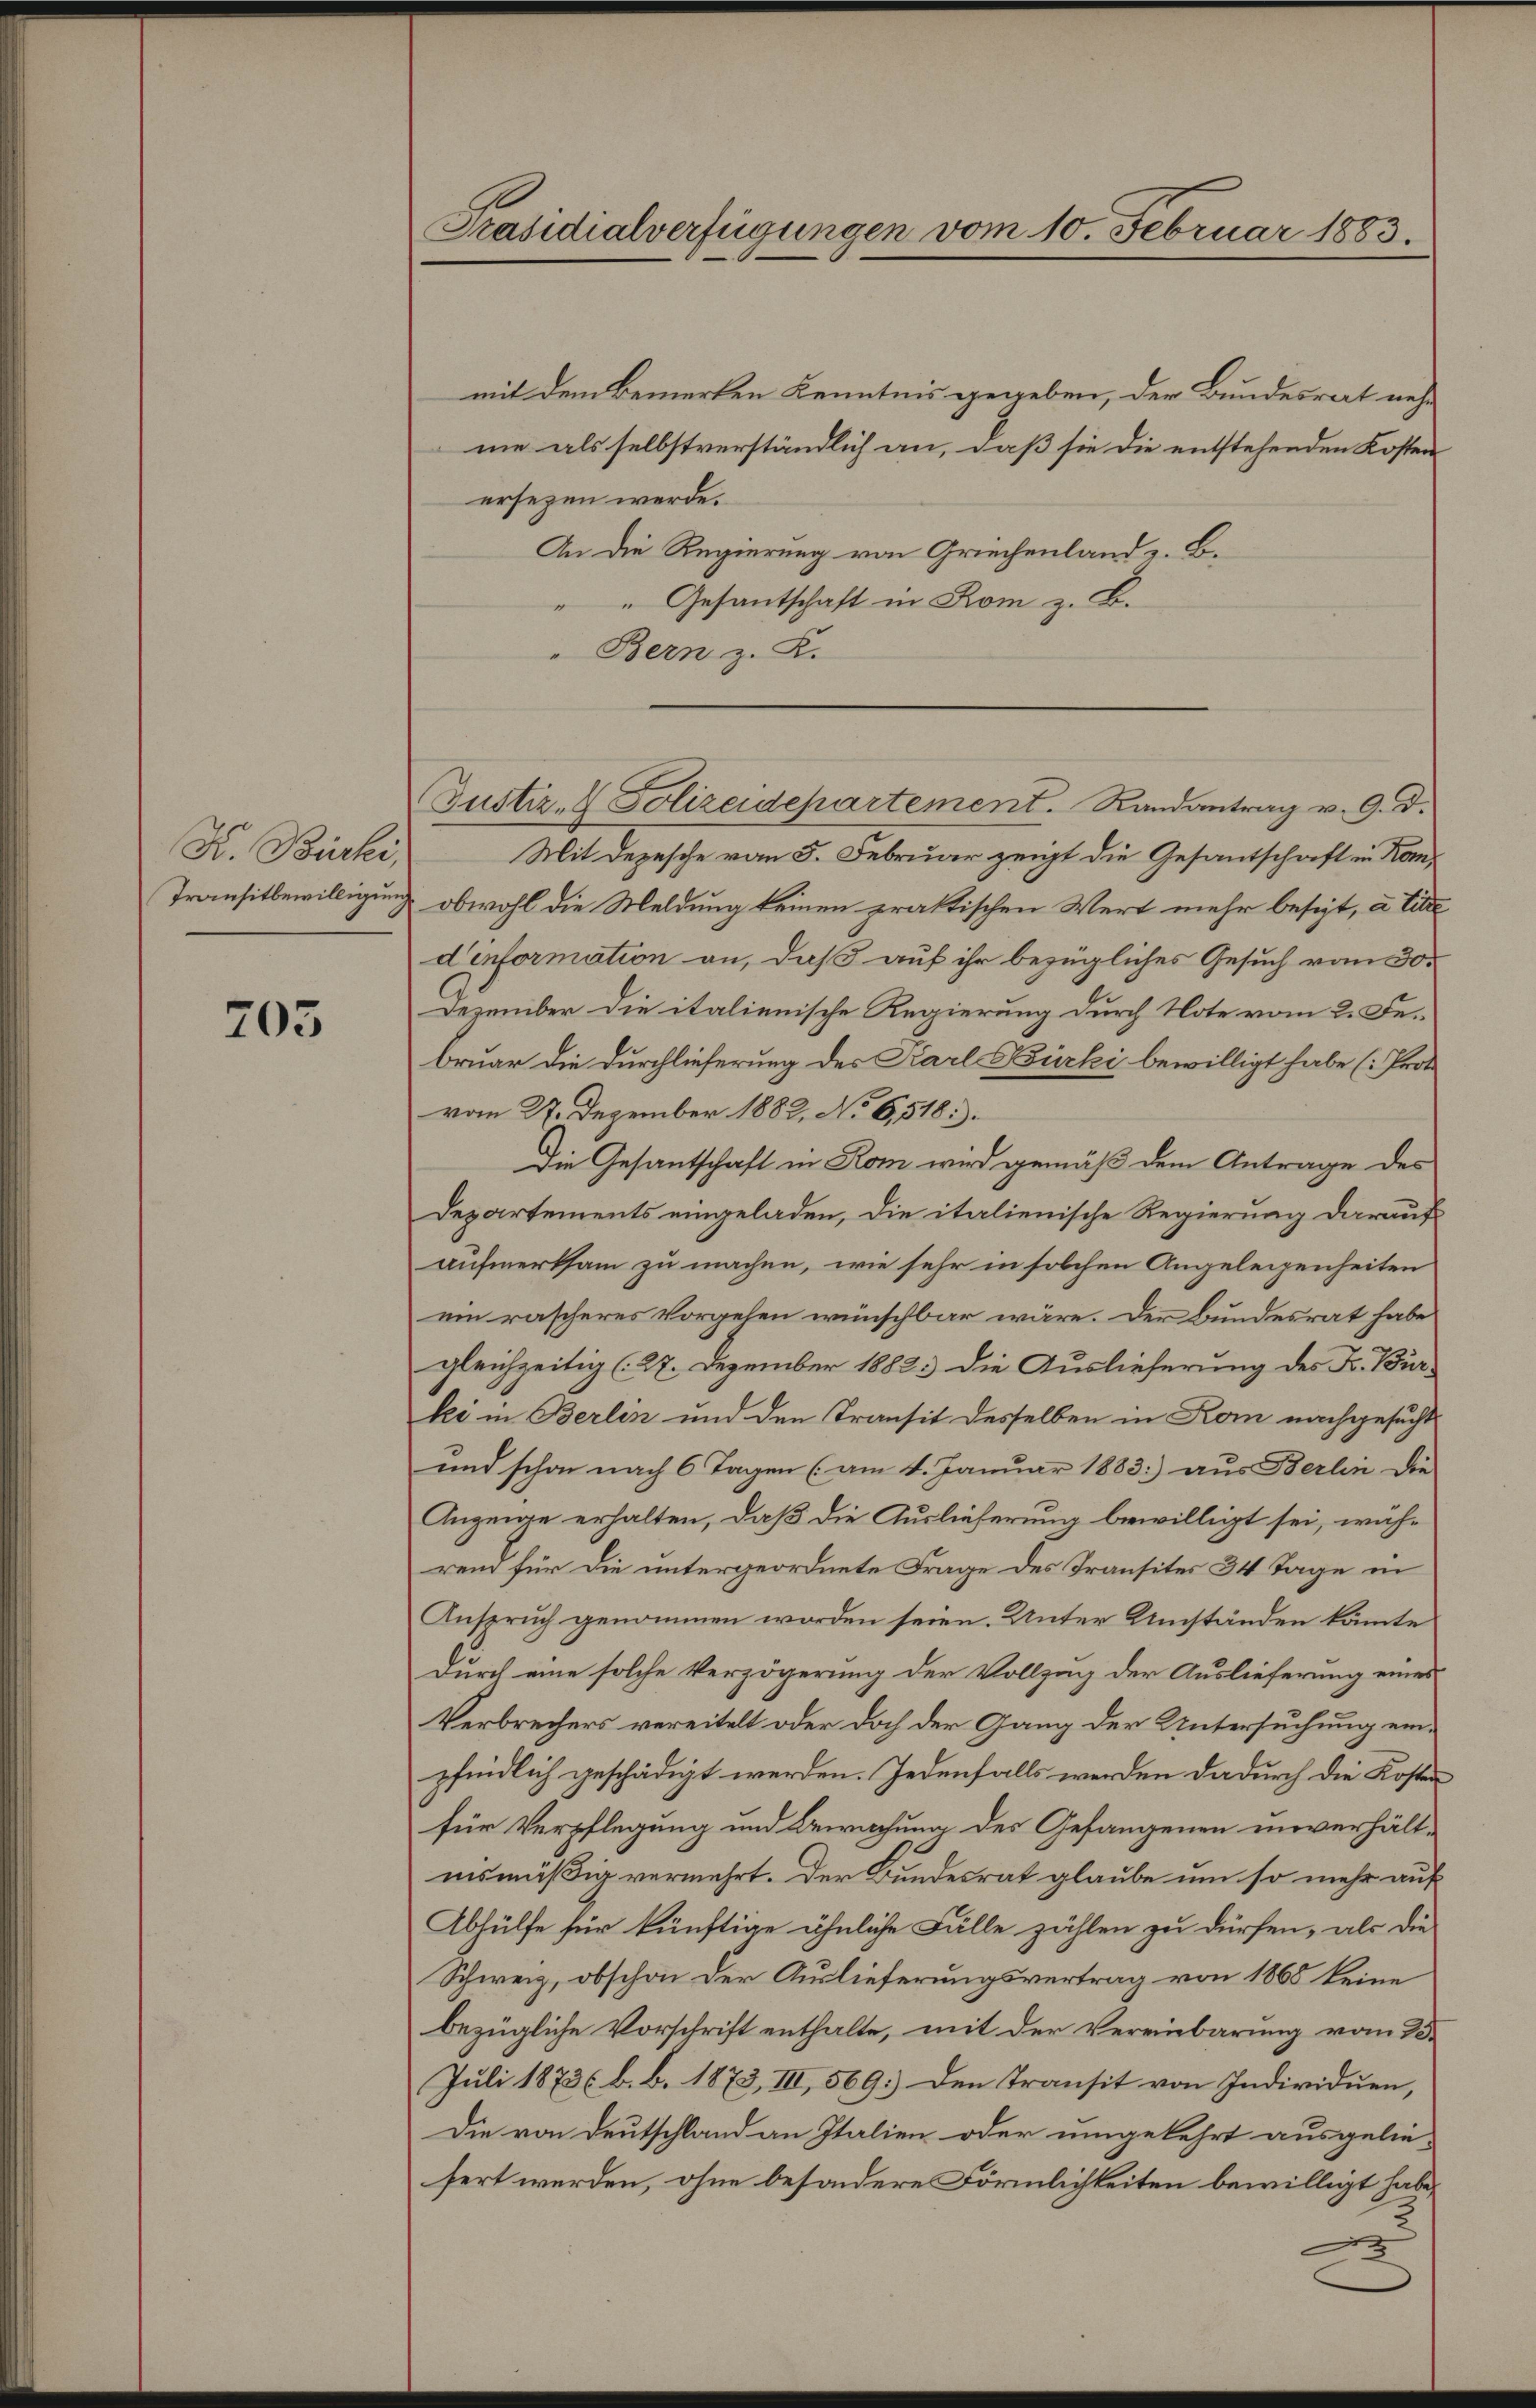
K. Bürki,
Transitbewilligung

703

Präsidialverfügungen vom 10. Februar 1883.

mit dem Bemerken Kenntnis gegeben, der Bundesrat nehme als selbstverständlich an, daß sie die entstehenden Kosten
ersezen werde.
An die Regierung von Griechenland z. B.
"Gesantschaft in Rom z. B.
" Bern z. B.
Mit Depesche vom 5. Februar zeigt die Gesantschaft in Konobwohl die Meldung keinen praktischen Wert mehr besizt, a. Eine
dinformation an, daß auf ihr bezügliches Gesuch vom 30.
Dezember die italienische Regierung durch Note vom 2. Februar die Durchlieferung des Karl Bürki bewilligt habe (Proto
vom 27. Dezember 1882, No 6,518.
Die Gesantschaft in Rom wird gemäß dem Antrage des
Departements eingeladen, die italienische Regierung darauf
aufmerksam zu machen, wie sehr in solchen Angeleigenheiten
ein rascheres Vorgehen wünschbar wäre. Der Bundesrat habe
gleichzeitig (27. Dezember 1882. Die Auslieferung des Fr. Bürlei in Berlin und den Transit desselben in Kom nachgesucht
und schon nach 6 Tagen (am 4. Januar 1883 aus Berlin die
Anzeige erhalten, daß die Auslieferung bewilligt sei, während für die untergeordnete Frage des Transites 34 Tage in
Anspruch genommen worden seien. Unter Umständen könte
Durch eine solche Verzögerung der Vollzug der Auslieferung eines
Verbrechers vereitelt oder doch der Gang der Untersuchung einpfindlich geschädigt werden. Jedenfalls werden dadurch die Kosten
für Verpflegung und Bewachung des Gefangenen noverhältnismäßig vermehrt. Der Bundesrat glaube um so mehr auf
Abhülfe für künftige ähnliche Fälle zählen zu dürfen, als die
Schweiz, obschon der Auslieferungsvertrag von 1868 keine
bezügliche Vorschrift enthalte, mit der Vereinbarung vom 28.
Juli 1873 b. b. 1873, III, 569) Den Transit von Individuen,
Die von Deutschland an Italien oder umgekehrt ausgelie-
sert werden, ohne besondere Förmlichkeiten bewilligt habe,

Justiz- & Polizeidepartement. Randantrag v. 9. d.